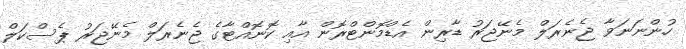
ހުންނަނަވާ ޖެނެރަލް މެނޭޖަރު ޑާރިން އެޑްމޮންޓްރޮން އާއި ކޮނޮއްޓާގެ ޖެނެރަލް މެނޭޖަރު ޕެސްކަލް